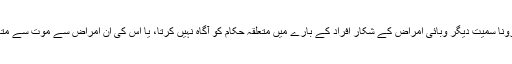
اگر کوئی ڈاکٹر، فارمسسٹ، فارمیسی ٹیکنیشن اور میڈیکل پریکٹیشنر بھی کرونا سمیت دیگر وبائی امراض کے شکار افراد کے بارے میں متعلقہ حکام کو آگاہ نہیں کرتا، یا اس کی ان امراض سے موت سے متعلق حقائق سامنے نہیں لاتا تو ایسے پیشہ ور افراد کو بھی سزا بھُگتنا ہو گی۔